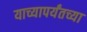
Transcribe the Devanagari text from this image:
याच्यापर्यंतच्या